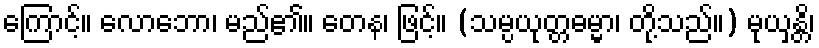
ကြောင့်။ လောဘော၊ မည်၏။ တေန၊ ဖြင့်။ (သမ္ပယုတ္တဓမ္မာ၊ တို့သည်။) မုယှန္တိ၊